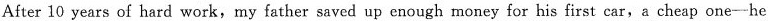
After 10 years of hard work, my father saved up enough money for his first car, a cheap one - he